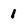
Character: 1